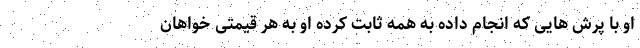
او با پرش هایی که انجام داده به همه ثابت کرده او به هر قیمتی خواهان